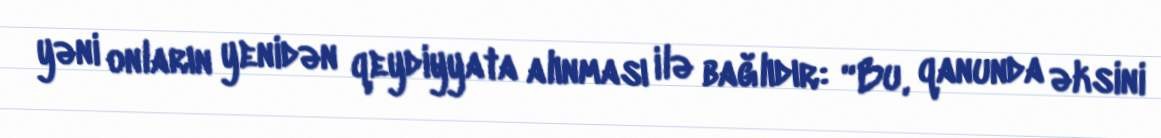
yəni onların yenidən qeydiyyata alınması ilə bağlıdır: “Bu, qanunda əksini